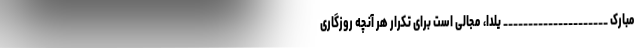
مبارک _____________________ یلدا، مجالى است براى تکرار هر آنچه روزگارى